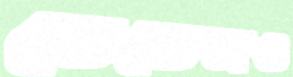
তেভেজও